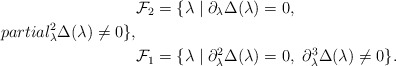
\begin{align*} &\mathcal{F}_2 = \{\lambda \mid \partial_{\lambda} \Delta(\lambda)=0,\\partial_{\lambda}^2 \Delta(\lambda)\neq 0\},\\ &\mathcal{F}_1 = \{\lambda \mid \partial_{\lambda}^2 \Delta(\lambda)= 0,\ \partial_{\lambda}^3 \Delta(\lambda)\neq 0\}.\end{align*}